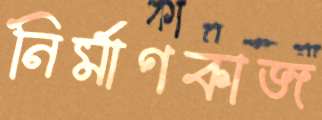
নির্মাণকাজ